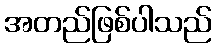
အတည်ဖြစ်ပါသည်